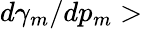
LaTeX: d\gamma_{m}/dp_{m}>